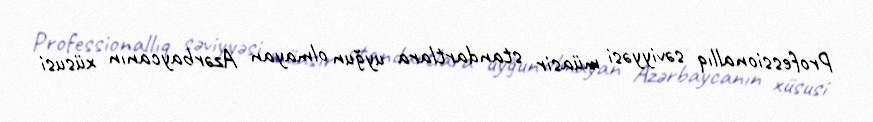
Professionallıq səviyyəsi müasir standartlara uyğun olmayan Azərbaycanın xüsusi